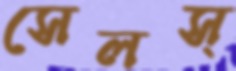
সেলস্